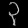
Digit: ၃